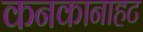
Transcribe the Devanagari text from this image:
कनकानाहट